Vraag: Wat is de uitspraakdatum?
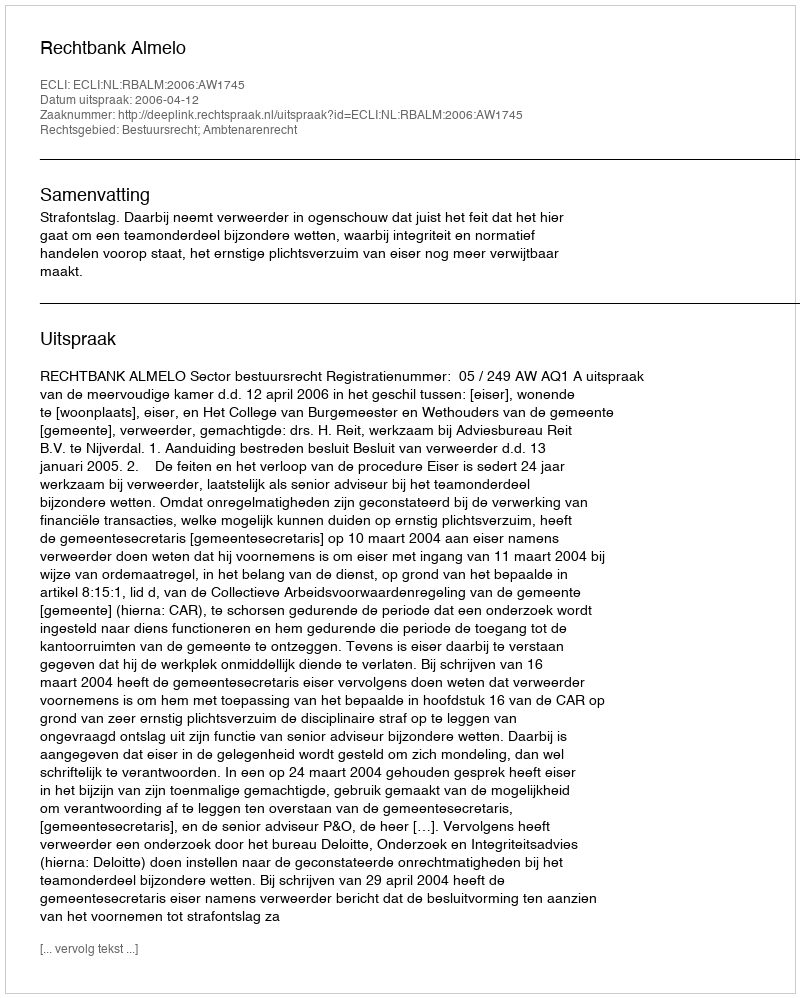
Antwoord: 2006-04-12